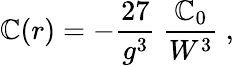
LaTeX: {\cal\mathbb{C}}(r)=-{\frac{{27}}{{g^{3}}}}~{\frac{{{\cal\mathbb{C}}_{0}}}{{W^{3}}}}\ ,